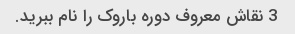
3 نقاش معروف دوره باروک را نام ببرید.